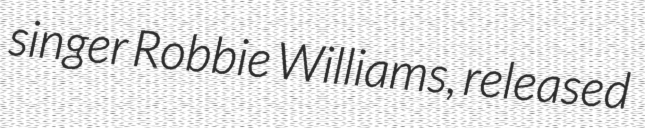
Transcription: singer Robbie Williams, released